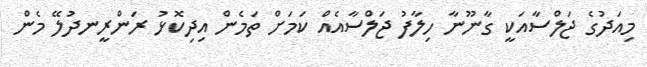
މިއަދުގެ ޖަލްސާއަކީ ގާނޫނާ ހިލާފު ޖަލްސާއެއް ކަމަށް ތަމެން އިދިކޮޅު ރަންރީނދުލޭ މެން